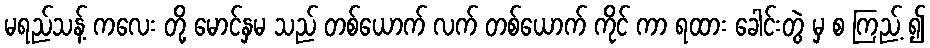
မရည်သန့် ကလေး တို့ မောင်နှမ သည် တစ်ယောက် လက် တစ်ယောက် ကိုင် ကာ ရထား ခေါင်းတွဲ မှ စ ကြည့် ၍